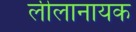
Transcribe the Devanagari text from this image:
लीलानायक